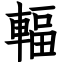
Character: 輻